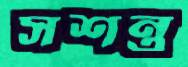
সশন্ত্র